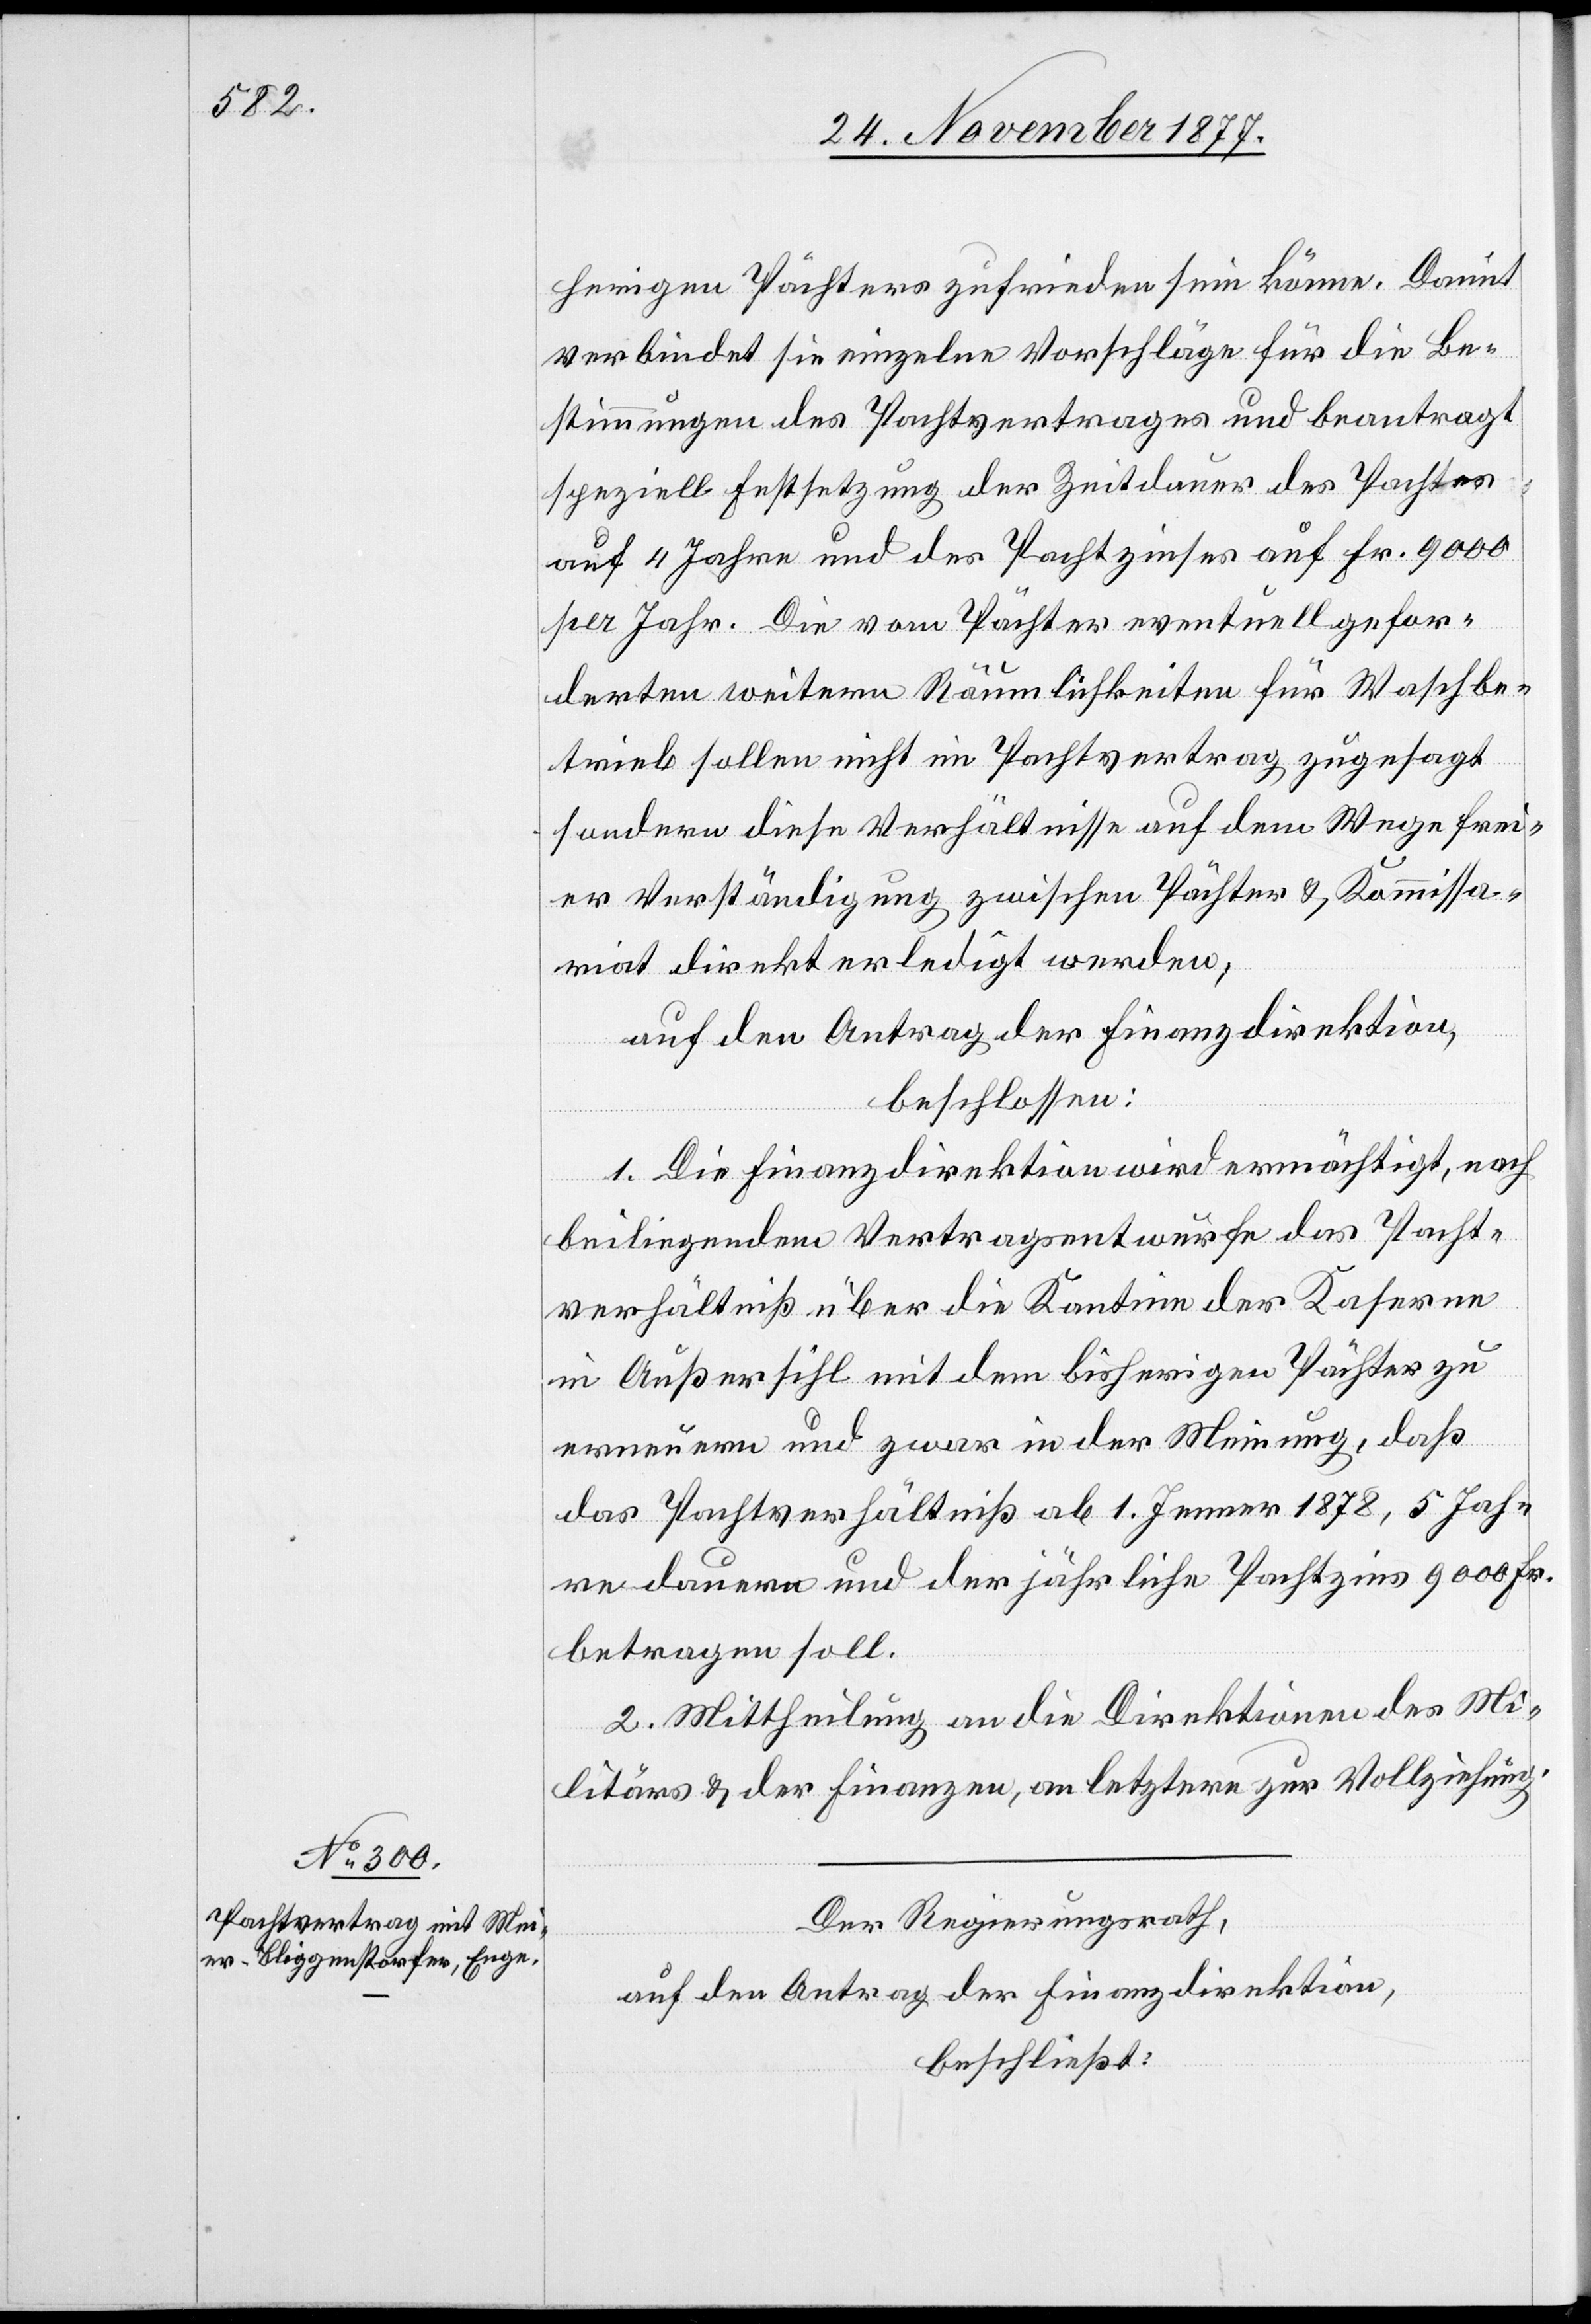
herigen Pächters zufrieden sein könne. Damit
verbindet sie einzelne Vorschläge für die Be¬
stimmungen des Pachtvertrages und beantragt
speziell Festsetzung der Zeitdauer des Pachtes
auf 4 Jahre und des Pachtzinses auf Fr. 9000
per Jahr. Die vom Pächter eventuell gefor¬
derten weitern Räumlichkeiten für Waschbe¬
trieb sollen nicht im Pachtvertrag zugesagt
sondern diese Verhältnisse auf dem Wege frei¬
er Verständigung zwischen Pächter & Kommissa¬
riat direkt erledigt werden;
auf den Antrag der Finanzdirektion,
beschlossen:
1. Die Finanzdirektion wird ermächtigt, nach
beiliegendem Vertragsentwurfe das Pacht¬
verhältniß über die Kantine der Kaserne
in Außersihl mit dem bisherigen Pächter zu
erneuern und zwar in der Meinung, daß
das Pachtverhältniß ab 1. Jenner 1878, 5 Jah¬
re dauern und der jährliche Pachtzins 9000 Fr.
betragen soll.
2. Mittheilung an die Direktionen des Mi¬
litärs & der Finanzen, an letztere zur Vollziehung.
Der Regierungsrath,
auf den Antrag der Finanzdirektion,
beschließt: